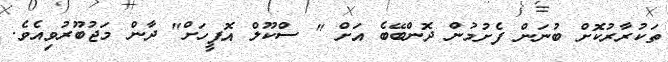
ތަކުރާރުކޮށް ބުނަން ފެށުމުން ދޮންބޭބެ އަށް " ސްކޫލް އޮފީހަށް" ދާން މަޖުބޫރުވިއެވެ.